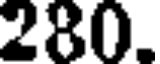
280.